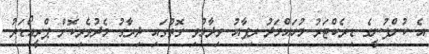
އެ ކުންފުނީގެ ޑިރެކްޓަރު މުހައްމަދު ރިފާއު ވިދާޅުވި ގޮތުގައި ދިރާގު މެދުވެރިކޮށް ޕްރީއޯޑަރު